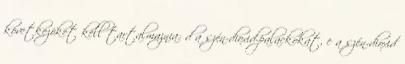
következõket kell tartalmaznia: d a szén-dioxid-palackokat, e a szén-dioxid